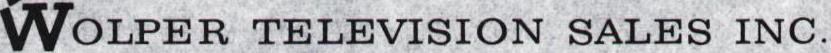
WOLPER TELEVISION SALES INC.